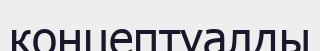
концептуалды